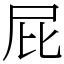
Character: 屁